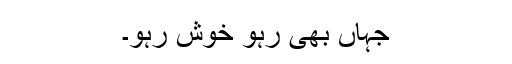
جہاں بھی رہو خوش رہو۔